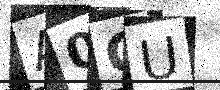
Text: A0CU